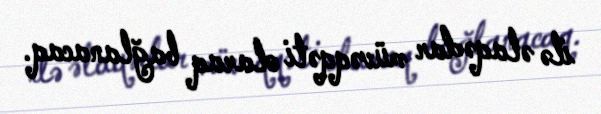
ilə əlaqədar müvəqqəti olaraq bağlanacaq.